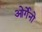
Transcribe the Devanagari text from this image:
ओर्गेनो